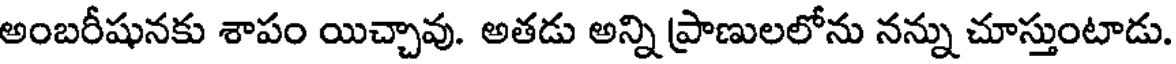
అంబరీషునకు శాపం యిచ్చావు. అతడు అన్ని ప్రాణులలోను నన్ను చూస్తుంటాడు.